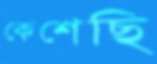
কেশেছি